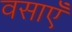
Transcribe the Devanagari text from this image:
वसाएँ